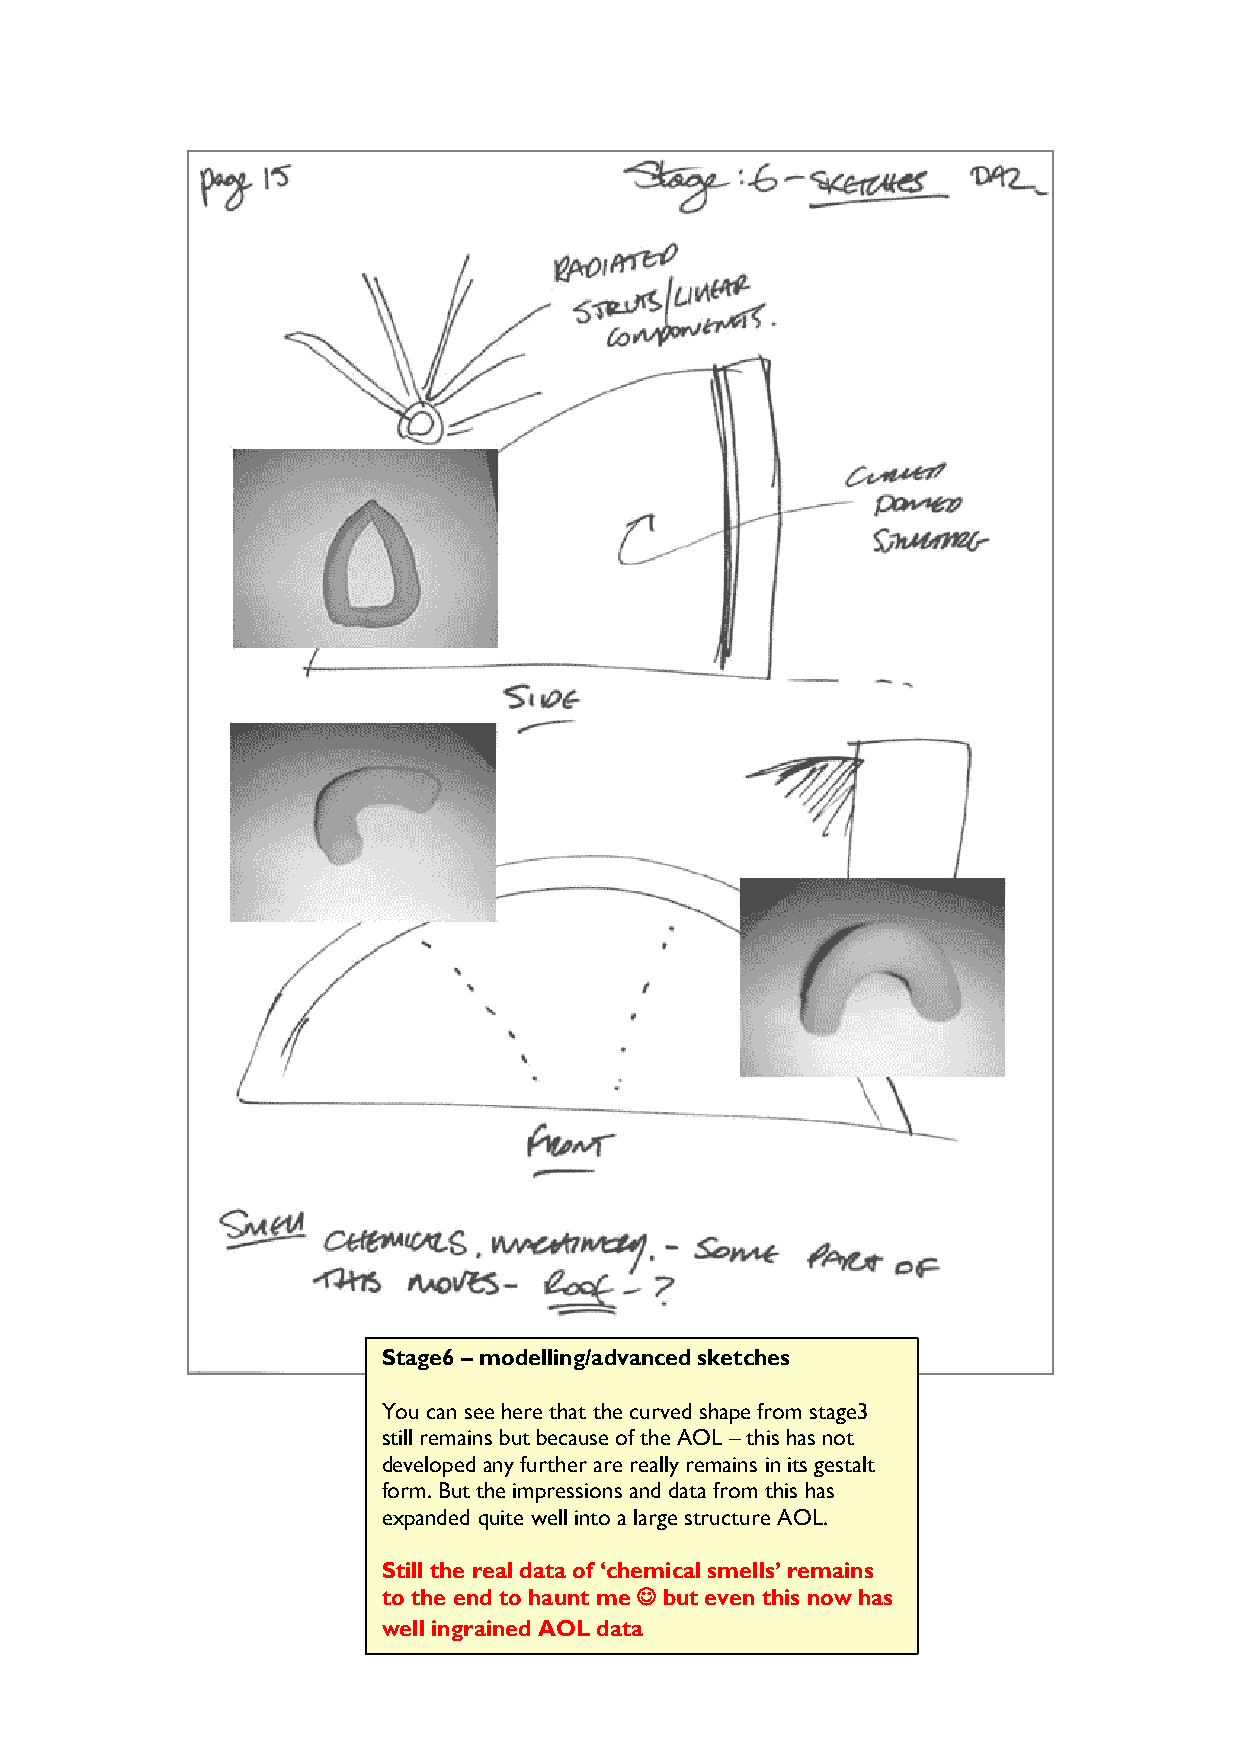
Stage6 – modelling/advanced sketches
 You can see here that the curved shape from stage3
 still remains but because of the AOL – this has not
 developed any further are really remains in its gestalt
 form. But the impressions and data from this has
 expanded quite well into a large structure AOL.
 Still the real data of ‘chemical smells’ remains
 to the end to haunt me ☺ but even this now has
 well ingrained AOL data